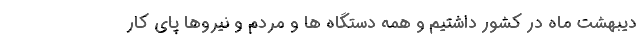
دیبهشت ماه در کشور داشتیم و همه دستگاه ها و مردم و نیروها پای کار